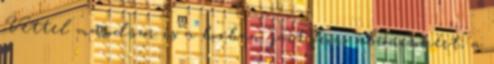
Vettel másodszor is a boxban járt friss abroncsokért, a